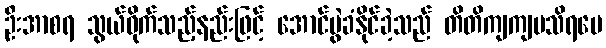
ဦးအာစရ သွယ်ဝိုက်သည့်နည်းဖြင့် အောင်ပွဲခံနိုင်ခဲ့သည် တိတိကျကျမသိရပေ